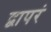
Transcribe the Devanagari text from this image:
द्वापरं